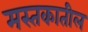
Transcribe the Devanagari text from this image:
मस्तकातील